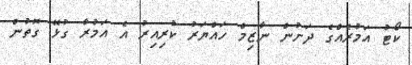
ކޯޓު އަމުރެއްގެ ދަށުން ނާޒިމް ހައްޔަރު ކުރިއިރު އެ އަމުރާ ގުޅޭ ގޮތުން